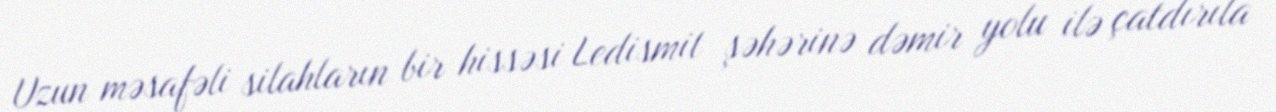
Uzun məsafəli silahların bir hissəsi Ledismit şəhərinə dəmir yolu ilə çatdırıla